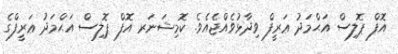
އޮފް ޕޮލިސް އަޙްމަދު ޢަރީފް ވިދާޅުވެއްޖެއެވެ. ކޮމިޝަނަރ އޮފް ޕޮލިސް އަޙްމަދު ޢަރީފްގެ